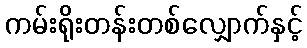
ကမ်းရိုးတန်းတစ်လျှောက်နှင့်